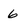
Character: 6